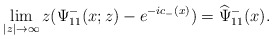
\begin{align*}\lim _{|z| \rightarrow \infty}z(\Psi^-_{11}(x;z)-e^{-ic_-(x)})=\widehat{\Psi}^-_{11}(x).\end{align*}